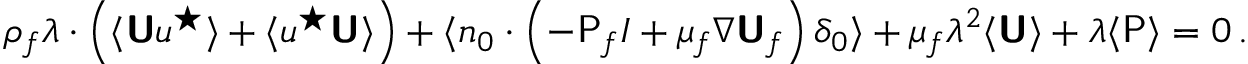
\rho _ { f } \boldsymbol { \lambda } \boldsymbol { \cdot } \left( \langle \boldsymbol { \mathsf { U } } \boldsymbol { u } ^ { \star } \rangle + \langle \boldsymbol { u } ^ { \star } \boldsymbol { \mathsf { U } } \rangle \right) + \langle \boldsymbol { n } _ { 0 } \boldsymbol { \cdot } \left( - \mathsf { P } _ { f } \boldsymbol { I } + \mu _ { f } \boldsymbol { \nabla } \boldsymbol { \mathsf { U } } _ { f } \right) \delta _ { 0 } \rangle + \mu _ { f } \lambda ^ { 2 } \langle \boldsymbol { \mathsf { U } } \rangle + \boldsymbol { \lambda } \langle \mathsf { P } \rangle = 0 \, .